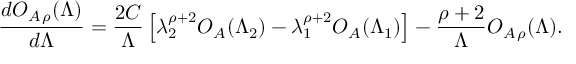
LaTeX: \frac { d { \cal O } _ { A \, \rho } ( \Lambda ) } { d \Lambda } = \frac { 2 C } { \Lambda } \left[ \lambda _ { 2 } ^ { \rho + 2 } { \cal O } _ { A } ( \Lambda _ { 2 } ) - \lambda _ { 1 } ^ { \rho + 2 } { \cal O } _ { A } ( \Lambda _ { 1 } ) \right] - \frac { \rho + 2 } { \Lambda } { \cal O } _ { A \, \rho } ( \Lambda ) .